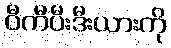
ဝီကီပီးဒီးယားကို